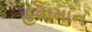
હવામાન